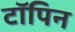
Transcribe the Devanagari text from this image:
टॉपिन